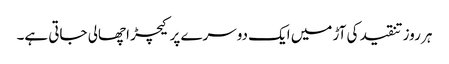
ہر روز تنقید کی آڑ میں ایک دوسرے پر کیچڑ اچھالی جاتی ہے۔